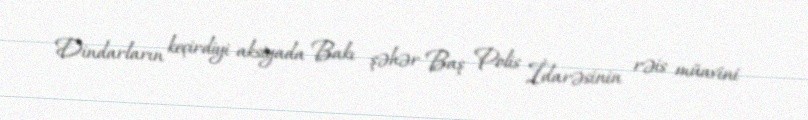
Dindarların keçirdiyi aksiyada Bakı şəhər Baş Polis İdarəsinin rəis müavini